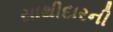
સાથીદારની